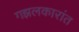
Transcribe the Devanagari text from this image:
गझलकारांत